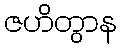
ဇဟိတွာန